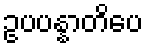
ဥပပန္နာတိပေ